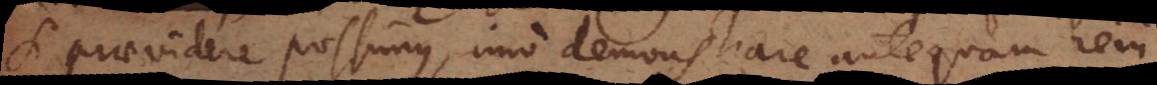
si praevidere possimus, imo demonstrare antequam rem